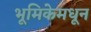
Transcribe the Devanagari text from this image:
भूमिकेमधून